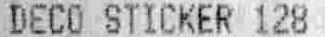
DECO STICKER 128